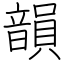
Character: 韻